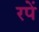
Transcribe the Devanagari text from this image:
रपें